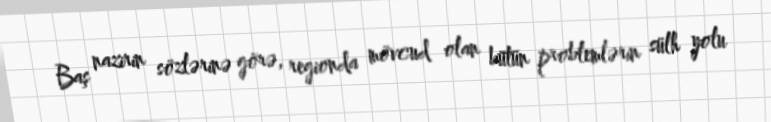
Baş nazirin sözlərinə görə, regionda mövcud olan bütün problemlərin sülh yolu